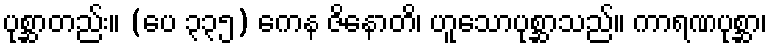
ပုစ္ဆာတည်း။ (ပေ ၃၃၅) ကေန ဇိနောတိ၊ ဟူသောပုစ္ဆာသည်။ ကာရဏပုစ္ဆာ၊